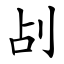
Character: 㓠